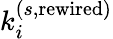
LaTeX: k_{i}^{(s,\mathrm{rewired})}